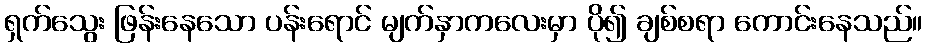
ရှက်သွေး ဖြန်းနေသော ပန်းရောင် မျက်နှာကလေးမှာ ပို၍ ချစ်စရာ ကောင်းနေသည်။